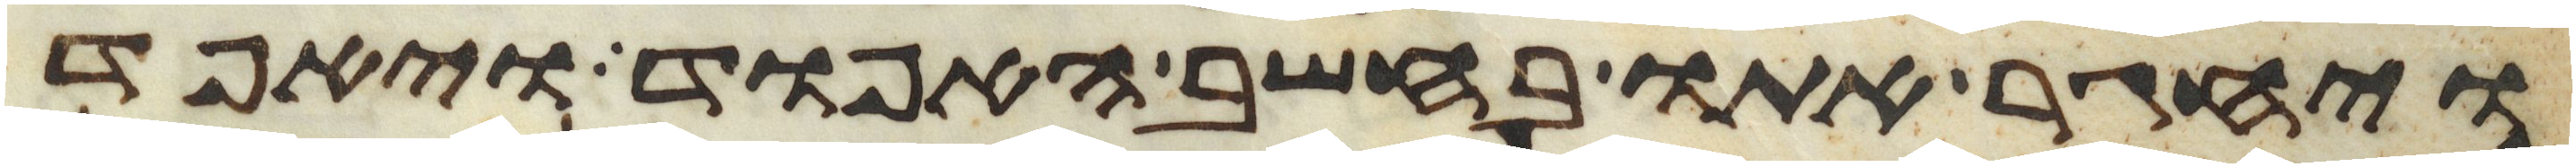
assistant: ויחגר אתו בחשב האפוד ויאפד